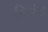
નિયોગી